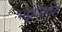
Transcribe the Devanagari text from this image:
भट्ट्यांमध्ये